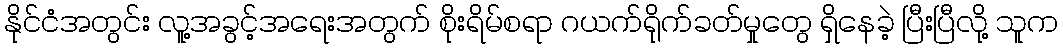
နိုင်ငံအတွင်း လူ့အခွင့်အရေးအတွက် စိုးရိမ်စရာ ဂယက်ရိုက်ခတ်မှုတွေ ရှိနေခဲ့ ပြီးပြီလို့ သူက